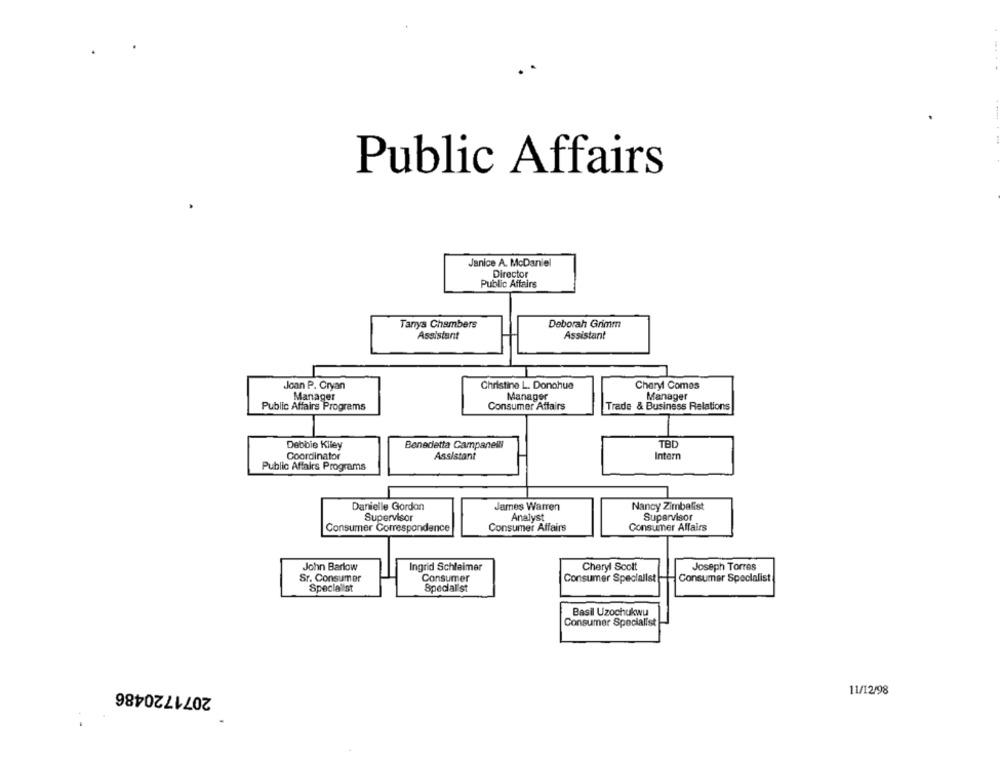
Public Affairs
Janice A. McDaniel
Director
Public Affairs
Tanya Chambers
Deborah Grimm
Assistant
Assistant
Joan P. Cryan
Christine L. Donohue
Cheryl Comes
Manager
Manager
Manager
Public Affairs Programs
Consumer Affairs
Trade & Business Relations
Debbie Kiley
Benedetta Campanew
TBD
Coordinator
Assistant
Intern
Public Affairs Programs
Danielle Gordon
James Warren
Nancy Zimbalist
Supervisor
Analyst
Supervisor
Consumer Affairs
Consumer Correspondance
Consumer Affairs
John Barlow
Ingrid Schleimer
Cheryl Scott
Joseph Torres
Sr. Consumer
Consumer
Consumer Specialist
Consumer Specialist
Specialist
Specialist
Basil Uzochukwu
Consumer Specialist
2071720486
11/12/98